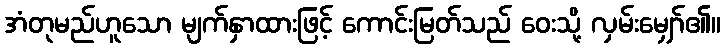
အံတုမည်ဟူသော မျက်နှာထားဖြင့် ကောင်းမြတ်သည် ဝေးသို့ လှမ်းမျှော်၏။